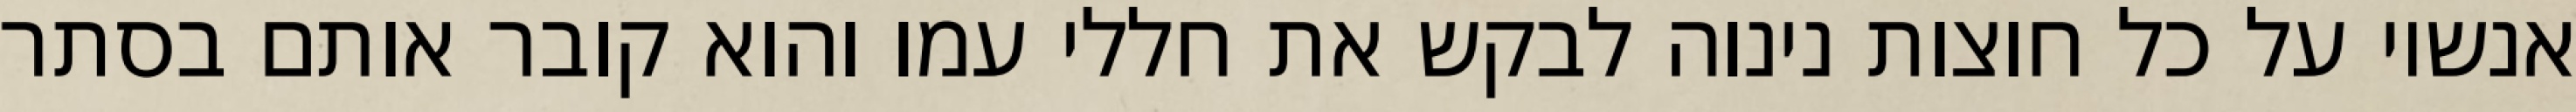
אנשיו על כל חוצות נינוה לבקש את חללי עמו והוא קובר אותם בסתר